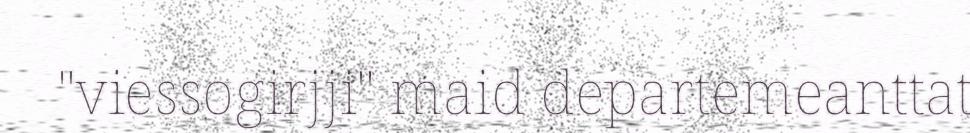
"viessogirjji" maid departemeanttat